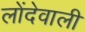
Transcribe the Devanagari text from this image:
लोंदेवाली